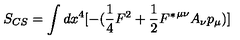
S _ { C S } = \int { d x ^ { 4 } [ - ( \frac { 1 } { 4 } F ^ { 2 } + \frac { 1 } { 2 } { F ^ { * } } ^ { { \mu } { \nu } } A _ { { \nu } } p _ { \mu } ) ] }